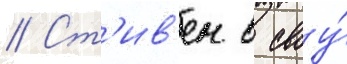
// Ст'ив'ен в своу́